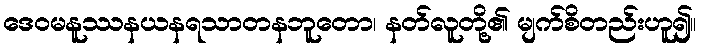
ဒေဝမနူဿနယနရသာတနဘူတော၊ နတ်လူတို့၏ မျက်စိတည်းဟူ၍။